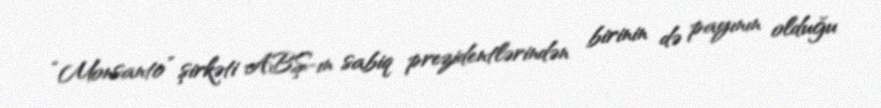
“Monsanto” şirkəti ABŞ-ın sabiq prezidentlərindən birinin də payının olduğu